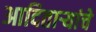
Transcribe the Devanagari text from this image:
आदितार्‍यांचे